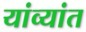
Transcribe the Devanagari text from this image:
यांव्यांत